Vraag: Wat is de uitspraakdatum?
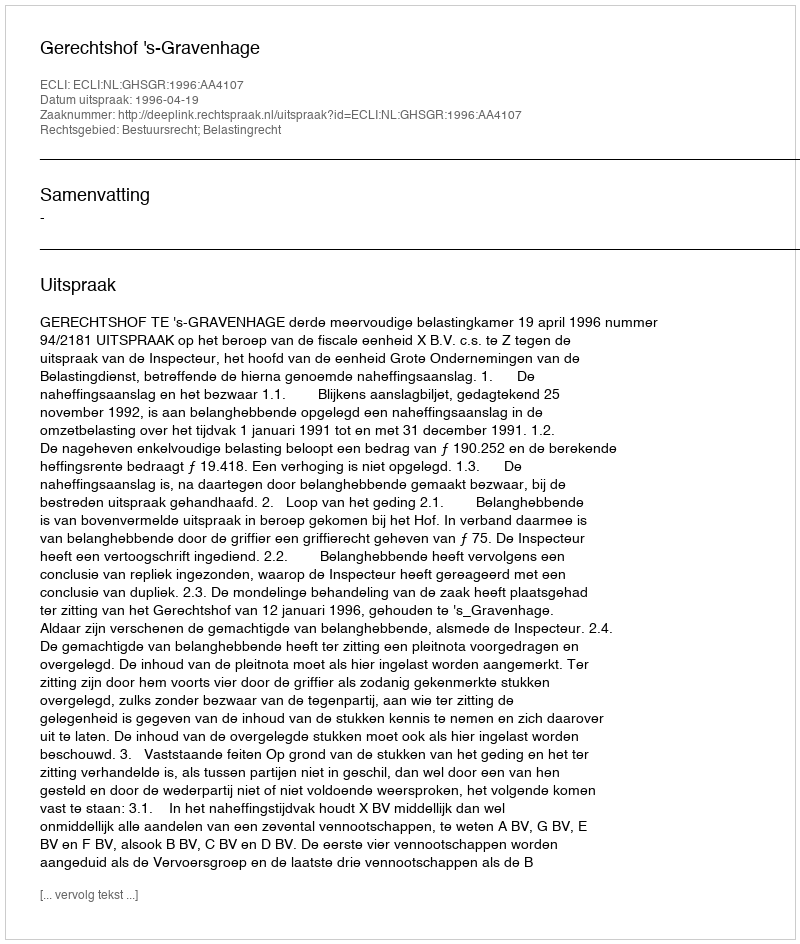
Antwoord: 1996-04-19